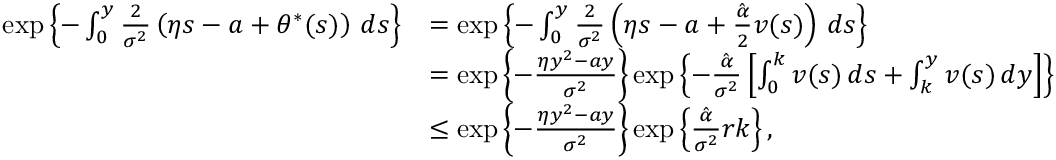
\begin{array} { r l } { \exp \left\{ - \int _ { 0 } ^ { y } \frac { 2 } { \sigma ^ { 2 } } \left( \eta s - a + \theta ^ { * } ( s ) \right) \, d s \right\} } & { = \exp \left\{ - \int _ { 0 } ^ { y } \frac { 2 } { \sigma ^ { 2 } } \left( \eta s - a + \frac { \hat { \alpha } } { 2 } v ( s ) \right) \, d s \right\} } \\ & { = \exp \left\{ - \frac { \eta y ^ { 2 } - a y } { \sigma ^ { 2 } } \right\} \exp \left\{ - \frac { \hat { \alpha } } { \sigma ^ { 2 } } \left[ \int _ { 0 } ^ { k } v ( s ) \, d s + \int _ { k } ^ { y } v ( s ) \, d y \right] \right\} } \\ & { \le \exp \left\{ - \frac { \eta y ^ { 2 } - a y } { \sigma ^ { 2 } } \right\} \exp \left\{ \frac { \hat { \alpha } } { \sigma ^ { 2 } } r k \right\} , } \end{array}